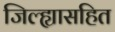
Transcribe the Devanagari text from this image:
जिल्ह्यासहित